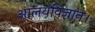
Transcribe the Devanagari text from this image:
आलयविज्ञान।